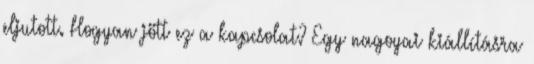
eljutott. Hogyan jött ez a kapcsolat? Egy nagoyai kiállításra